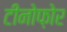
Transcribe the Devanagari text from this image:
टीनोफ़ोर